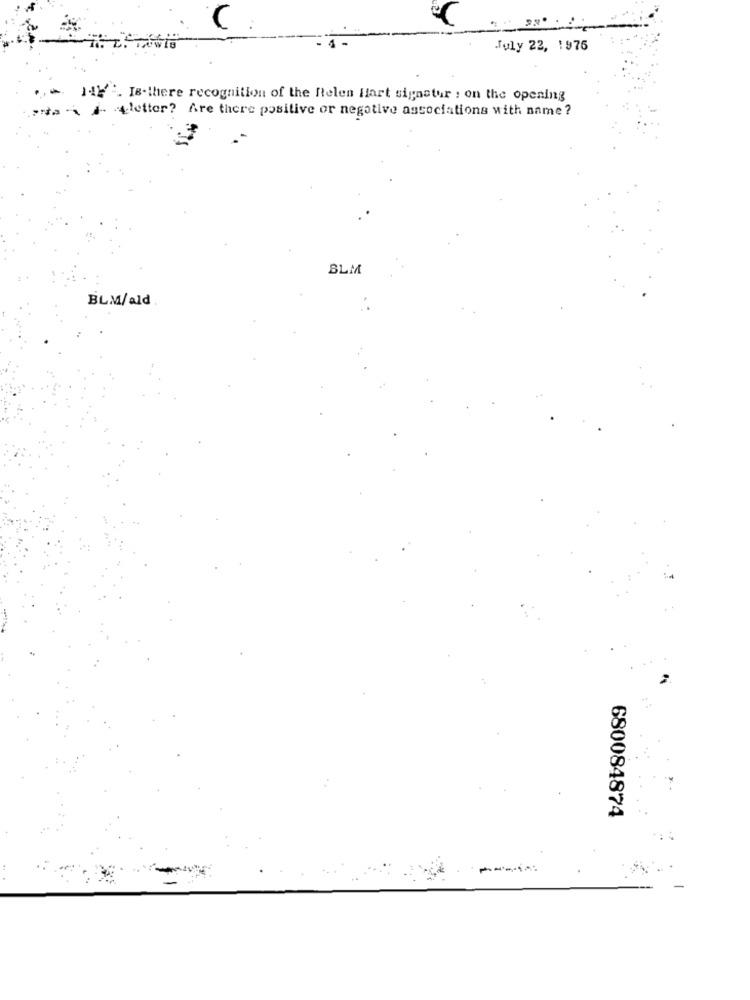
July 22, 1976
. 14V. Is there recognition of the Relen Hart sigastor : on the opening
Carta daletter? Are there positive or negative associations with name?
BLM
BLM/ald
680084874